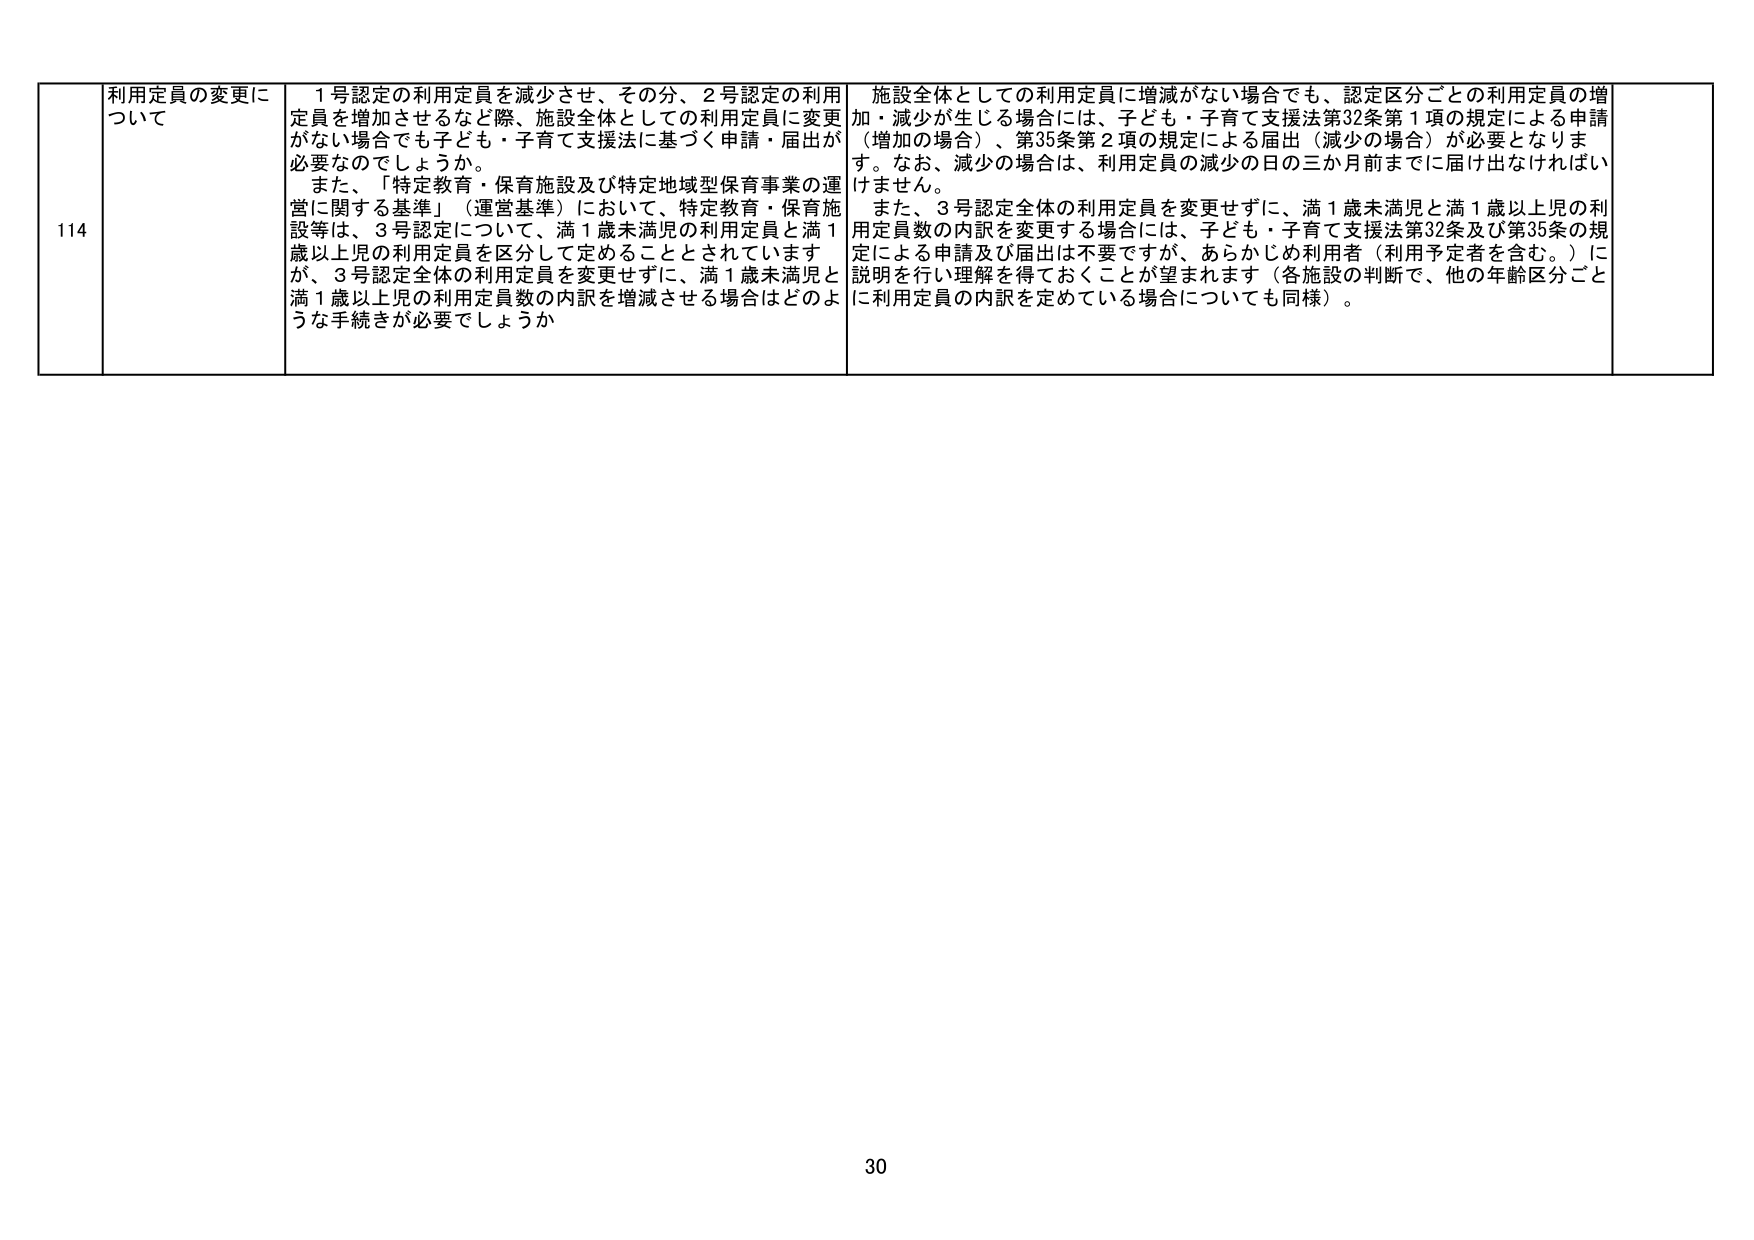
114 利用定員の変更について
1号認定の利用定員を減少させ、その分、2号認定の利用定員を増加させるなど際、施設全体としての利用定員に変更がない場合でも子ども・子育て支援法に基づく申請・届出が必要なのでしょうか。
また、「特定教育・保育施設及び特定地域型保育事業の運営に関する基準」（運営基準）において、特定教育・保育施設等は、3号認定について、満1歳未満児の利用定員と満1歳以上児の利用定員を区分して定めることとされていますが、3号認定全体の利用定員を変更せずに、満1歳未満児と満1歳以上児の利用定員数の内訳を増減させる場合はどのような手続きが必要でしょうか

施設全体としての利用定員に増減がない場合でも、認定区分ごとの利用定員の増加・減少が生じる場合には、子ども・子育て支援法第32条第1項の規定による申請（増加の場合）、第35条第2項の規定による届出（減少の場合）が必要となります。なお、減少の場合は、利用定員の減少の日の三か月前までに届け出なければいけません。
また、3号認定全体の利用定員を変更せずに、満1歳未満児と満1歳以上児の利用定員数の内訳を変更する場合には、子ども・子育て支援法第32条及び第35条の規定による申請及び届出は不要ですが、あらかじめ利用者（利用予定者を含む。）に説明を行い理解を得ておくことが望まれます（各施設の判断で、他の年齢区分ごとに利用定員の内訳を定めている場合についても同様）。

30